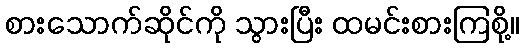
စားသောက်ဆိုင်ကို သွားပြီး ထမင်းစားကြစို့။